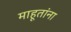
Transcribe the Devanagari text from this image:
माहूतांना